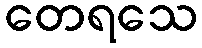
တေရသေ